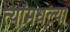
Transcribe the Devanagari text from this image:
त्यांमधल्या